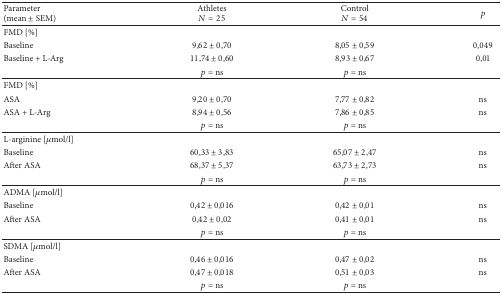
<table><thead><tr><td><b>Parameter(mean ± SEM)</b></td><td><b>Athletes<i>N</i> = 25</b></td><td><b>Control<i>N</i> = 54</b></td><td><b><i>p</i></b></td></tr></thead><tbody><tr><td>FMD [%]</td><td> </td><td> </td><td> </td></tr><tr><td>Baseline</td><td>9,62 ± 0,70</td><td>8,05 ± 0,59</td><td>0,049</td></tr><tr><td>Baseline + L-Arg</td><td>11,74 ± 0,60</td><td>8,93 ± 0,67</td><td>0,01</td></tr><tr><td> </td><td><i>p</i> = ns</td><td><i>p</i> = ns</td><td> </td></tr><tr><td>FMD [%]</td><td> </td><td> </td><td> </td></tr><tr><td>ASA</td><td>9,20 ± 0,70</td><td>7,77 ± 0,82</td><td>ns</td></tr><tr><td>ASA + L-Arg</td><td>8,94 ± 0,56</td><td>7,86 ± 0,85</td><td>ns</td></tr><tr><td> </td><td><i>p</i> = ns</td><td><i>p</i> = ns</td><td> </td></tr><tr><td>L-arginine [<i>μ</i>mol/l]</td><td> </td><td> </td><td> </td></tr><tr><td>Baseline</td><td>60,33 ± 3,83</td><td>65,07 ± 2,47</td><td>ns</td></tr><tr><td>After ASA</td><td>68,37 ± 5,37</td><td>63,73 ± 2,73</td><td>ns</td></tr><tr><td> </td><td><i>p</i> = ns</td><td><i>p</i> = ns</td><td> </td></tr><tr><td>ADMA [<i>μ</i>mol/l]</td><td> </td><td> </td><td> </td></tr><tr><td>Baseline</td><td>0,42 ± 0,016</td><td>0,42 ± 0,01</td><td>ns</td></tr><tr><td>After ASA</td><td>0,42 ± 0,02</td><td>0,41 ± 0,01</td><td>ns</td></tr><tr><td> </td><td><i>p</i> = ns</td><td><i>p</i> = ns</td><td> </td></tr><tr><td>SDMA [<i>μ</i>mol/l]</td><td> </td><td> </td><td> </td></tr><tr><td>Baseline</td><td>0,46 ± 0,016</td><td>0,47 ± 0,02</td><td>ns</td></tr><tr><td>After ASA</td><td>0,47 ± 0,018</td><td>0,51 ± 0,03</td><td>ns</td></tr><tr><td> </td><td><i>p</i> = ns</td><td><i>p</i> = ns</td><td> </td></tr></tbody></table>